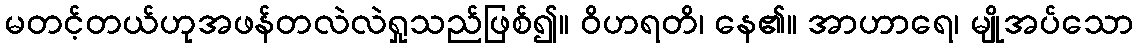
မတင့်တယ်ဟုအဖန်တလဲလဲရှုသည်ဖြစ်၍။ ဝိဟရတိ၊ နေ၏။ အာဟာရေ၊ မျိုအပ်သော